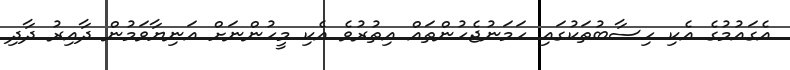
އެގައުމުގެ އެކި ހިސާބުތަކުގައި ހަމަނުޖެހުންތައް އިތުރުވެ އެކި މީހުުންނަށް އަނިޔާވަމުން ދާއިރު ދާދި